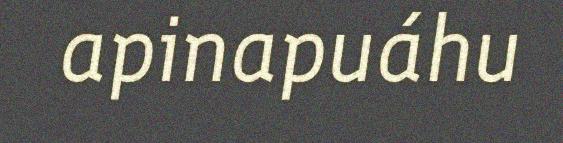
apinapuáhu